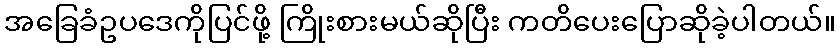
အခြေခံဥပဒေကိုပြင်ဖို့ ကြိုးစားမယ်ဆိုပြီး ကတိပေးပြောဆိုခဲ့ပါတယ်။